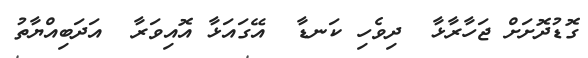
ގޮޑުދޮށަށް ޖަހާރާޅާ  ދިވެހި ކަނޑާ  އޭގައަޅާ އޮއިވަރާ  އަދަބިއްޔާތު